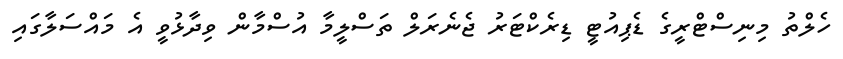
ހެލްތު މިނިސްޓްރީގެ ޑެޕިއުޓީ ޑިރެކްޓަރު ޖެނެރަލް ތަސްލީމާ އުސްމާން ވިދާޅުވީ އެ މައްސަލާގައި